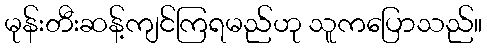
မုန်းတီးဆန့်ကျင်ကြရမည်ဟု သူကပြောသည်။